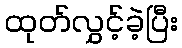
ထုတ်လွှင့်ခဲ့ပြီး